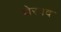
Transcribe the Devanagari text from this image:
थेरवद